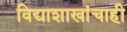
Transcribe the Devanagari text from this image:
विद्याशाखांचाही